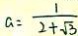
a = \frac { 1 } { 2 + \sqrt { 3 } }